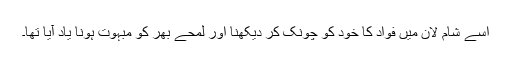
اسے شام لان میں فواد کا خود کو چونک کر دیکھنا اور لمحے بھر کو مبہوت ہونا یاد آیا تھا۔